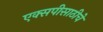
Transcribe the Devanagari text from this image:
एक्सपीसाठीचे